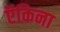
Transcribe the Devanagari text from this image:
ऍकिना